Indian journal of veterinary science and animal husbandry - Volumes 24-25, 1954-1955
Year: 1954
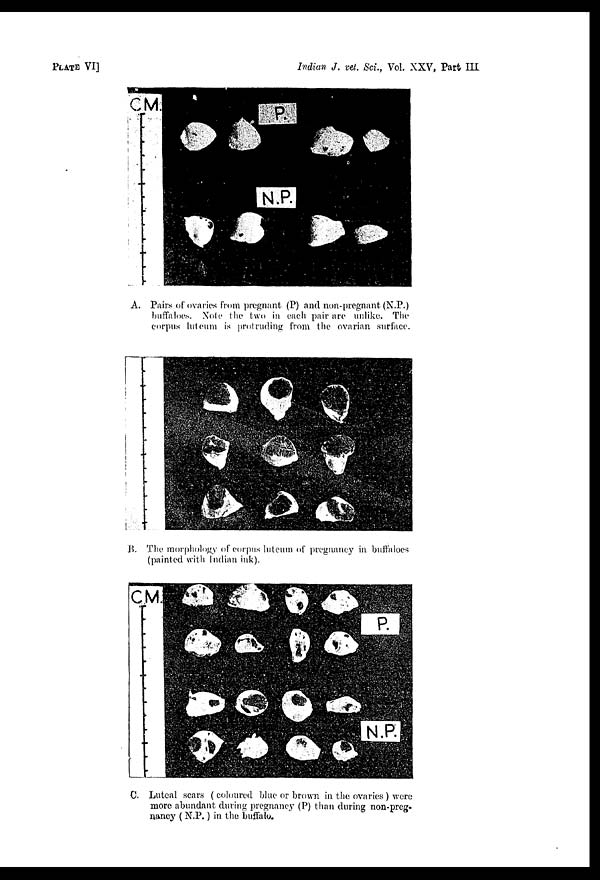
PLATE VI]
Indian J. vet. Sci., Vol. XXV, Part III
A. Pairs of ovaries from pregnant (P) and non-pregnant (N.P.)
buffaloes. Note the two in each pair are unlike. The
corpus luteum is protruding from the ovarian surface.
B. The morphology of corpus luteum of pregnancy in buffaloes
(painted with Indian ink).
C. Luteal scars (coloured blue or brown in the ovaries) were
more abundant during pregnancy (P) than during non-preg-
nancy (N.P.) in the buffalo.